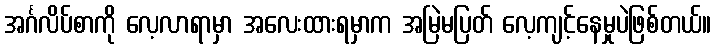
အင်္ဂလိပ်စာကို လေ့လာရာမှာ အလေးထားရမှာက အမြဲမပြတ် လေ့ကျင့်နေမှုပဲဖြစ်တယ်။